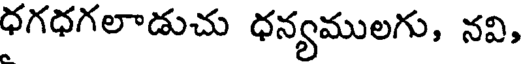
ధగధగలాడుచు ధన్యములగు, నవి,